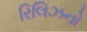
રિલિઝનો